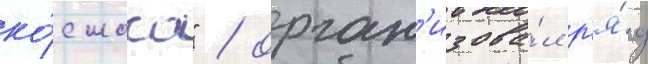
ко́смоса" / орган'изова́л р'я́д